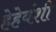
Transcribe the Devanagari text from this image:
हेहेवंशी